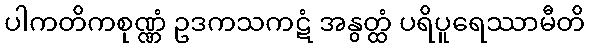
ပါကတိကစုဏ္ဏံ ဥဒကသကဋံ အနွတ္ထံ ပရိပူရေဿာမီတိ